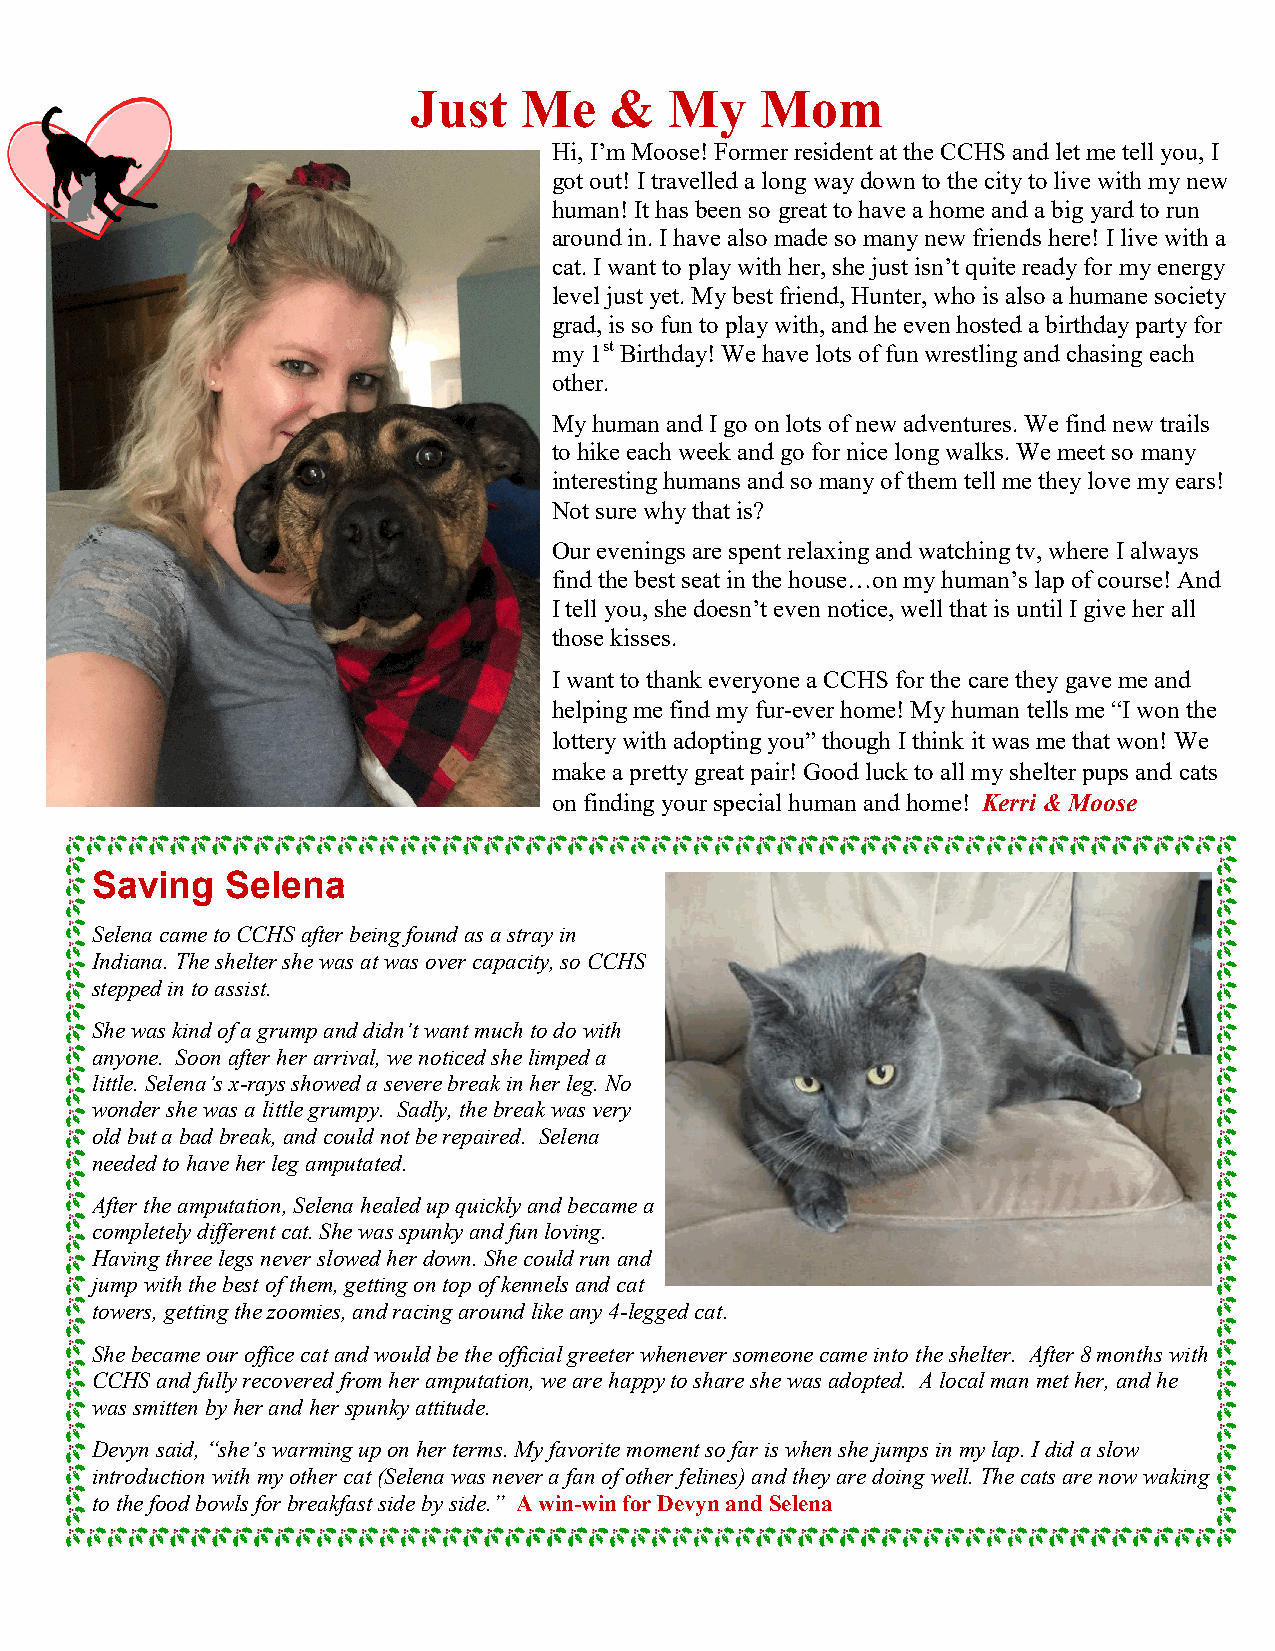
Just   Me    &   My    Mom
 Hi, I’m Moose! Former resident at the CCHS and let me tell you, I
 got out! I travelled a long way down to the city to live with my new
 human! It has been so great to have a home and a big yard to run
 around in. I have also made so many new friends here! I live with a
 cat. I want to play with her, she just isn’t quite ready for my energy
 level just yet. My best friend, Hunter, who is also a humane society
 grad, is so fun to play with, and he even hosted a birthday party for
 my 1st Birthday! We have lots of fun wrestling and chasing each
 other.
 My human and I go on lots of new adventures. We find new trails
 to hike each week and go for nice long walks. We meet so many
 interesting humans and so many of them tell me they love my ears!
 Not sure why that is?
 Our evenings are spent relaxing and watching tv, where I always
 find the best seat in the house…on my human’s lap of course! And
 I tell you, she doesn’t even notice, well that is until I give her all
 those kisses.
 I want to thank everyone a CCHS for the care they gave me and
 helping me find my fur-ever home! My human tells me “I won the
 lottery with adopting you” though I think it was me that won! We
 make a pretty great pair! Good luck to all my shelter pups and cats
 on finding your special human and home! Kerri & Moose
 Saving   Selena
 Selena came to CCHS after being found as a stray in
 Indiana. The shelter she was at was over capacity, so CCHS
 stepped in to assist.
 She was kind of a grump and didn’t want much to do with
 anyone. Soon after her arrival, we noticed she limped a
 little. Selena’s x-rays showed a severe break in her leg. No
 wonder she was a little grumpy. Sadly, the break was very
 old but a bad break, and could not be repaired. Selena
 needed to have her leg amputated.
 After the amputation, Selena healed up quickly and became a
 completely different cat. She was spunky and fun loving.
 Having three legs never slowed her down. She could run and
 jump with the best of them, getting on top of kennels and cat
 towers, getting the zoomies, and racing around like any 4-legged cat.
 She became our office cat and would be the official greeter whenever someone came into the shelter. After 8 months with
 CCHS and fully recovered from her amputation, we are happy to share she was adopted. A local man met her, and he
 was smitten by her and her spunky attitude.
 Devyn said, “she’s warming up on her terms. My favorite moment so far is when she jumps in my lap. I did a slow
 introduction with my other cat (Selena was never a fan of other felines) and they are doing well. The cats are now waking
 to the food bowls for breakfast side by side.” A win-win for Devyn and Selena